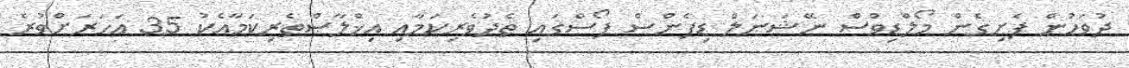
ދުވަހުން ފެށިގެން މޯލްޑިވްސް ނޭޝަނަލް ޑިފެންސް ފޯސްގައި ތެދުވެރިކަމާއި އިޚްލާޞްތެރިކަމާއެކު 35 އަހަރަށްވުރެ